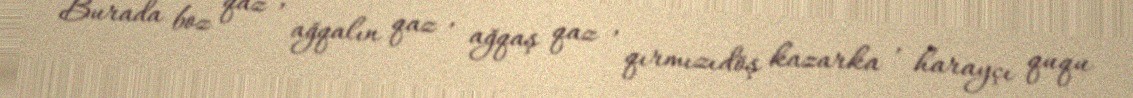
Burada boz qaz , ağqalın qaz , ağqaş qaz , qırmızıdöş kazarka , harayçı ququ